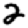
Digit: 2